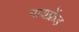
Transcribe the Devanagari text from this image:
गायफ्रेंड